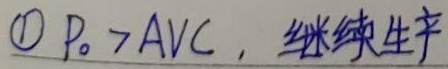
\textcircled{1} \(P_0 > AVC\)，继续生产